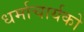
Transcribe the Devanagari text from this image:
धर्माचार्यको